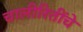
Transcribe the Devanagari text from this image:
चालीरितींचे